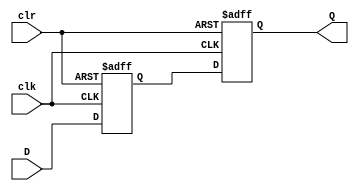
module d_flip_flop (
    input D,
    input clk,
    input clr,
    output reg Q
);

reg D_FF, Q_FF;

always @(posedge clk or posedge clr)
begin
    if (clr)
    begin
        D_FF <= 1'b0;
        Q_FF <= 1'b0;
    end
    else
    begin
        D_FF <= D;
        Q_FF <= D_FF;
    end
end

assign Q = Q_FF;

endmodule